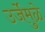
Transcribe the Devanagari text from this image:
उर्जेमुळे